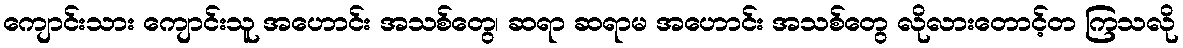
ကျောင်းသား ကျောင်းသူ အဟောင်း အသစ်တွေ၊ ဆရာ ဆရာမ အဟောင်း အသစ်တွေ လိုလားတောင့်တ ကြသလို